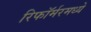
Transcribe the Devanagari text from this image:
रिफॉर्मरमध्ये